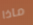
ماذا